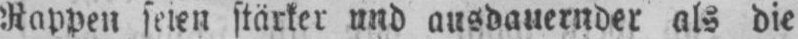
Rappen seien stärker und ausdauernder als die